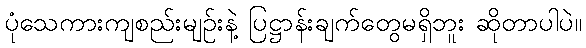
ပုံသေကားကျစည်းမျဉ်းနဲ့ ပြဋ္ဌာန်းချက်တွေမရှိဘူး ဆိုတာပါပဲ။